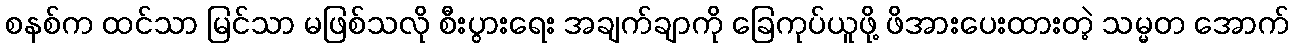
စနစ်က ထင်သာ မြင်သာ မဖြစ်သလို စီးပွားရေး အချက်ချာကို ခြေကုပ်ယူဖို့ ဖိအားပေးထားတဲ့ သမ္မတ အောက်